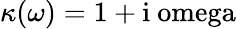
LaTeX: \kappa(\omega)=1+\mathrm{i\ omega}